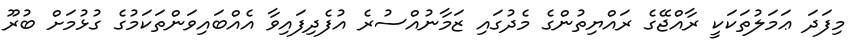
މިފަދަ ޢަމަލުތަކަކީ ރާއްޖޭގެ ރައްޔިތުންގެ މެދުގައި ޒަމާނުއްސުރެ އުފެދިފައިވާ އެއްބައިވަންތަކަމުގެ ގުޅުމަށް ބުރޫ